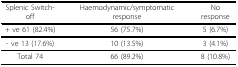
| Splenic Switch-off | Haemodynamic/symptomatic response | No response |
 | --- | --- | --- |
 | + ve 61 (82.4%) | 56 (75.7%) | 5 (6.7%) |
 | - ve 13 (17.6%) | 10 (13.5%) | 3 (4.1%) |
 | Total 74 | 66 (89.2%) | 8 (10.8%) |